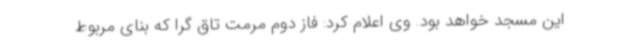
این مسجد خواهد بود. وی اعلام کرد: فاز دوم مرمت تاق گرا که بنای مربوط